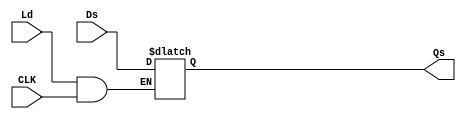
module register(Qs, Ds, Ld, CLK);
  output reg [31:0] Qs;
  input [31:0]  Ds;
  input   Ld;
  input   CLK;
  
  initial begin
  	Qs= 32'd0;
  end
  
  always @(Qs, Ld, CLK)
    if(Ld && CLK)
      Qs<=Ds;
  
endmodule //Register